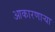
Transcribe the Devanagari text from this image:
आकारणार्‍या